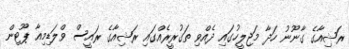
ރަޝިއާގެ ގާނޫނު ހަދާ މަޖިލީހުގައި ދެއްވި ތަގުރީރެއްގައި ރަޝިއާގެ ރައީސް ވްލަޑިމިއާ ޕޫޓިން